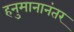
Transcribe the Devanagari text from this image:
हनुमानानंतर